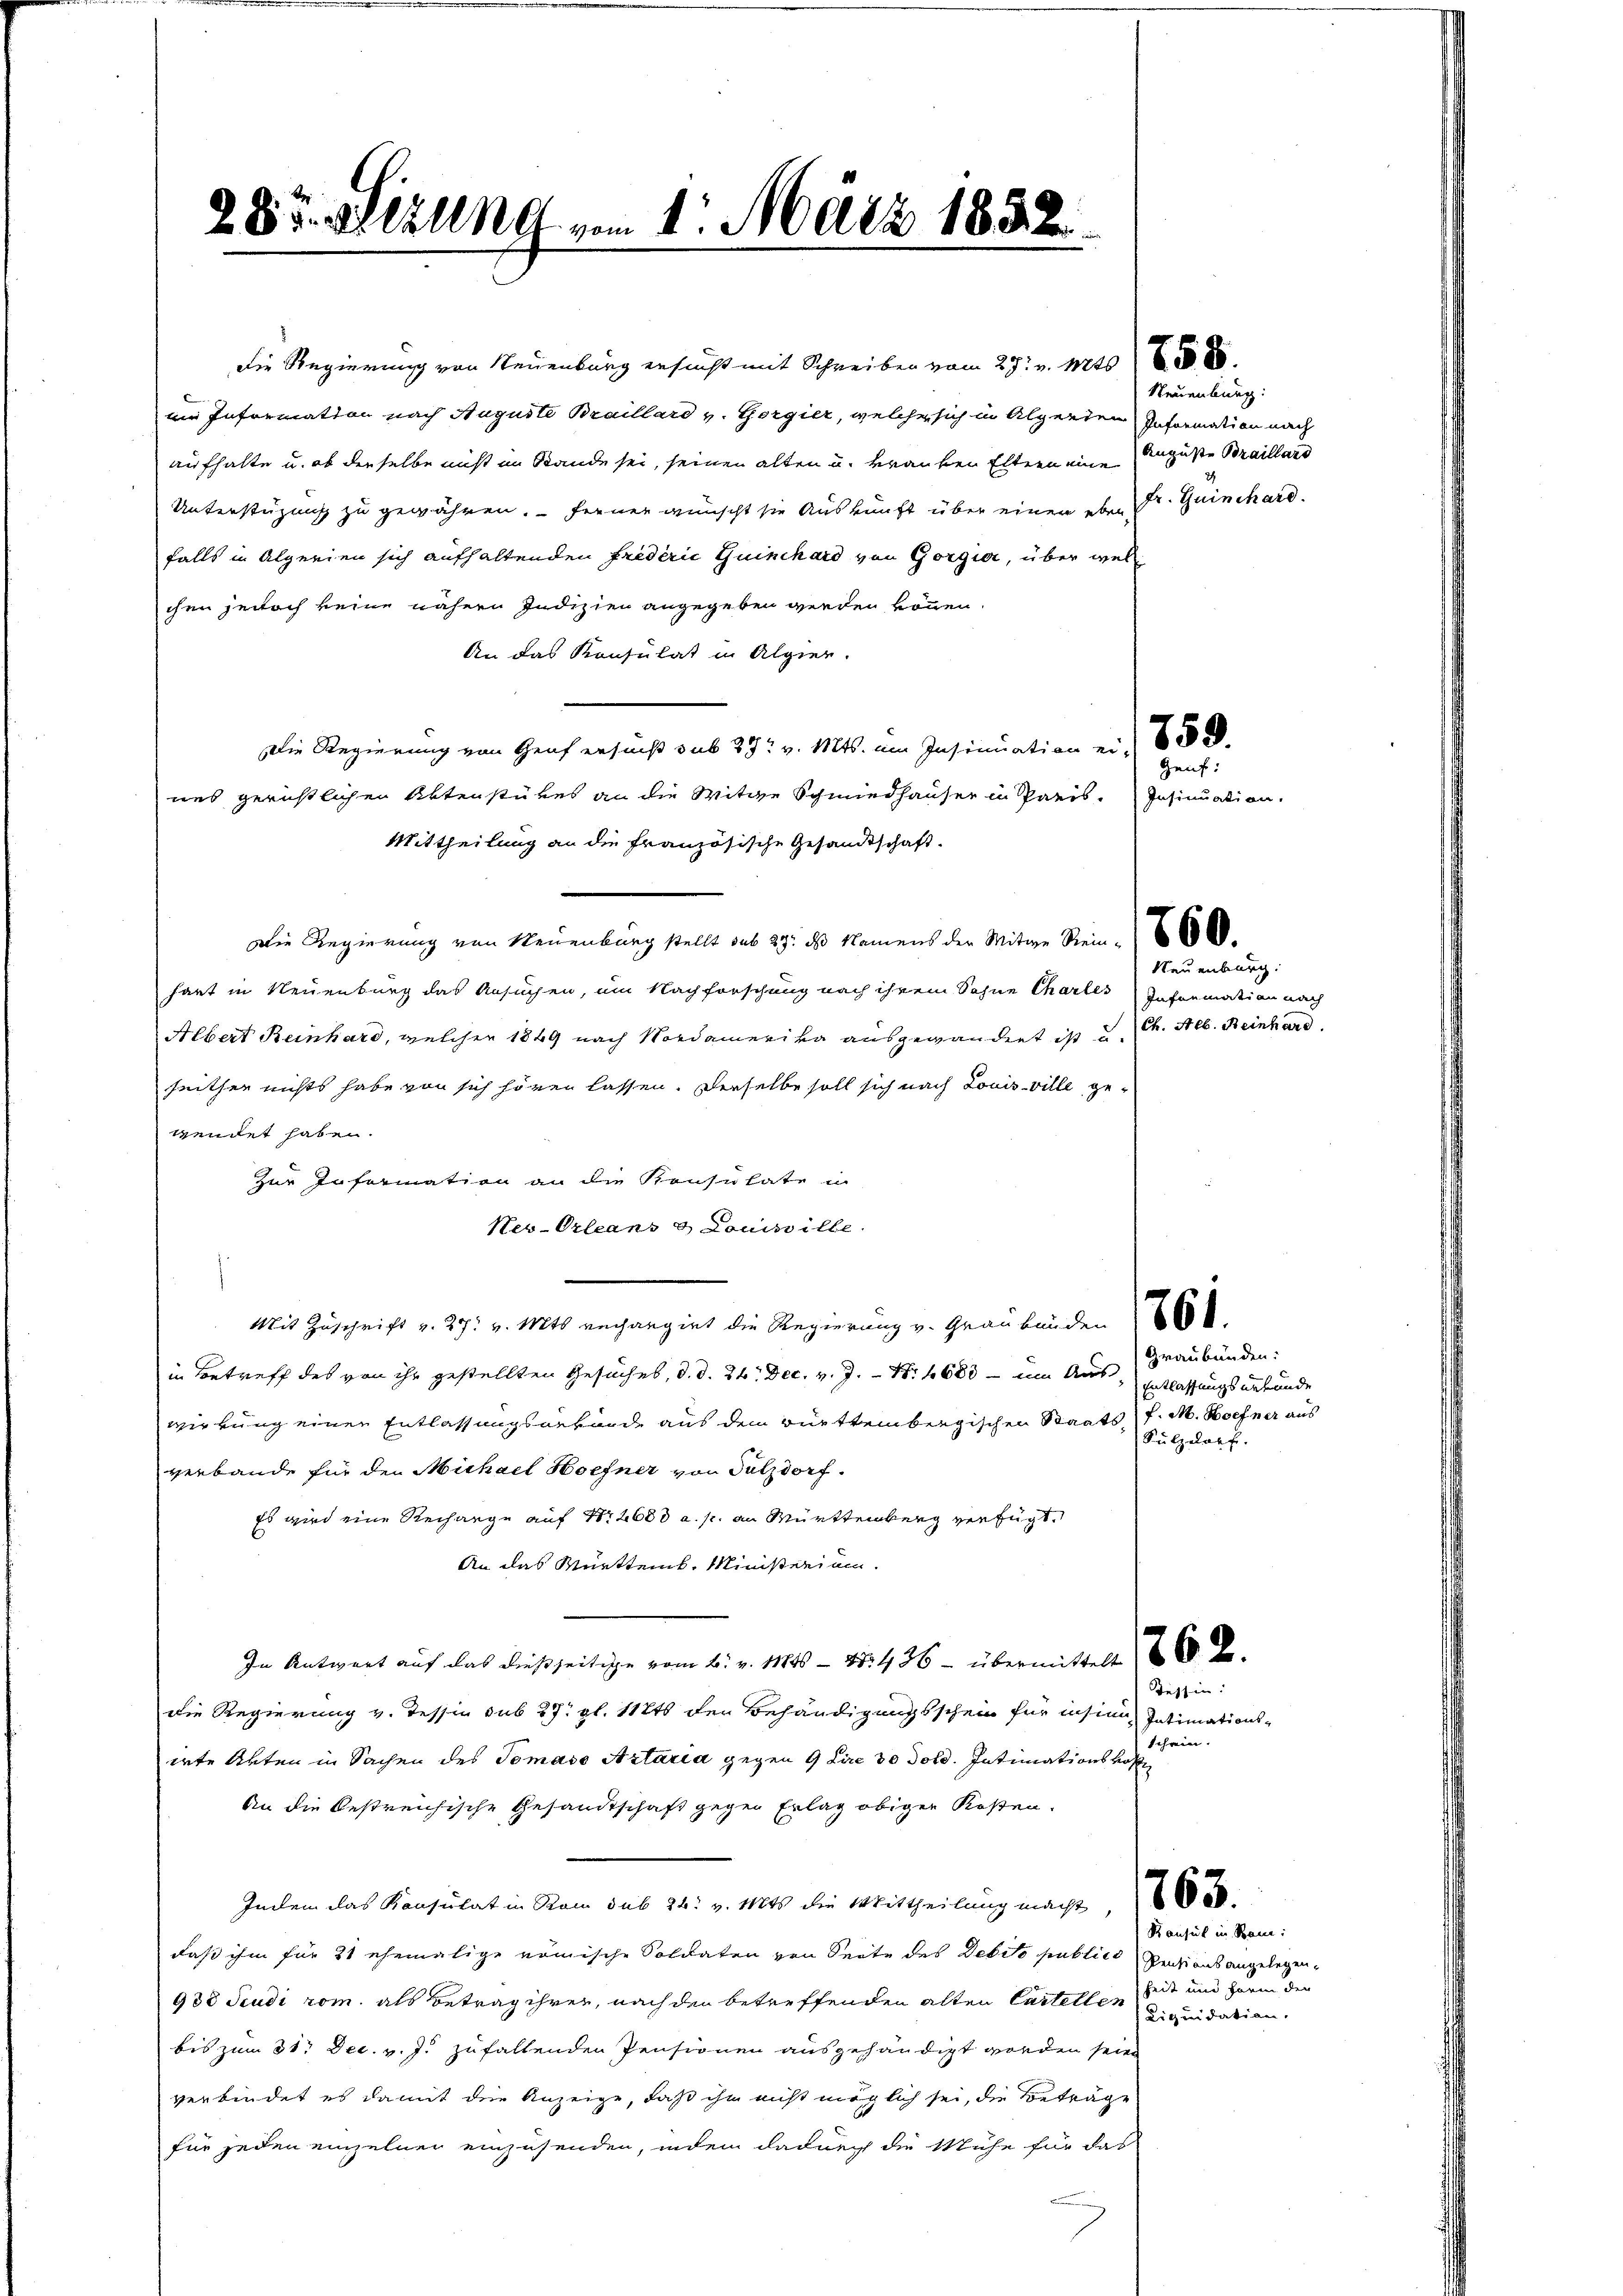
285. Stang vom 1. März 185

Die Regierung von Neuenburg ersucht mit Schreiben vom 29. v. Mts
nie Information nach Auguste Braillard v. Gorgier, welche sich in Algenden Information nach
aufhalte u. ob derselbe nicht im Stande sei, seinen alten u. kranken Eltern eine
Unterstüzung zu gewähren. Ferner wünscht sie Auskunft über einen eben Dr. Guinchard.
falls in Alperien sich aufhaltenden Friderić Guinchard von Gorgier, über welchen jedoch keine nähern Indizien angegeben werden können.
An das Konsulat in Alpier.
Die Regierung von Genf ersucht sub 392. v. Mts. am Insinuation ein 688.
nes gerichtlichen Aktenstükes an die Witwe Schmiedhäuser in Paris. Insinuation.
Mittheilung an die Französische Gesandtschaft.
Die Regierung von Neuenburg stellt sub 27. ds Namens der Witwe Stein. 8 8000.
hart in Neuenburg das Ansuchen, um Nachforschung nach ihrem Sohne Charles Information nach
Albert Reinhard, welcher 1849 nach Nordamerika ausgewandert ist u. Ch. Alb. Reinhard.
heither nichts habe von sich hören lassen. Derselbe soll sich nach Louisville gewendet haben.
Zur Information an die Konsulate in
Neu-Orleans & Louisville.
Mit Zuschrift v. 27. v. Mts rechangirt die Regierung v. Graubünden
in Betreff des von ihr gestellten Gesuches, d. d. 26. Dec. v. J. S. 1688 - um Auswirkung einer Entlassungserbände aus dem württembergischen Staats P. M. Hoefner aus
verbande für den Michael Hoefner von Salzdorf.
Es wird eine Rechange auf Nr. 2680 a. p. an Württemberg verfügt,
An das Württemb. Ministerium
In Antwort auf das dießseitige vom 6. v. 11845 - 15. 436 - übermittelt
Die Regierung v. Tessin sub 27 pl. 112t den Behändigungsschein für insinn Intimationsirte Akten in Sachen des Tomaso Artaria gegen 9 Lire 30 Told. Intimationshof
An die bestreichische Gesandtschaft gegen Erlag obiger Kosten.
Indem das Konsulat in Stam sub 24: v. 11845 die Mittheilung macht
daß ihm für 21 ehemalige römische Soldaten von Seite des Debito publico Pensionsangelegen¬
938 Studi rom. als Betrag ihrer, nach den betreffenden alten Cartellen ist und harin den
bis zum 31. Dec. v. J. zufallenden Pensionen ausgehändigt worden seien
verbindet es damit die Anzeige, daß ihm nicht möglich sei, die Beträge
für jeden einzelner einzusenden, indem dadurch die Mühe für das

Neuenburg:
Auguste Braillard

Geif:

Neuenburg.

Graubünden:
Entlassungsurkunde
Sülzelart.

Tessin:
schein.

Bausul in Ban:
Liquidation,